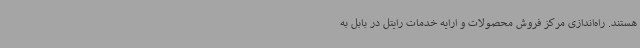
هستند. راه‌اندازی مرکز فروش محصولات و ارایه خدمات رایتل در بابل به